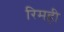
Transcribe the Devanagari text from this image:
रिमही